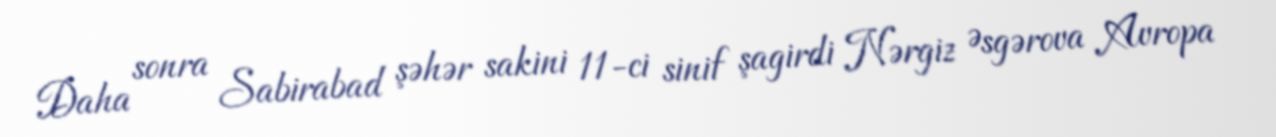
Daha sonra Sabirabad şəhər sakini 11-ci sinif şagirdi Nərgiz Əsgərova Avropa